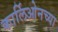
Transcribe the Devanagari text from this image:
कार्लिओनच्या